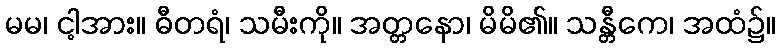
မမ၊ ငါ့အား။ ဓီတရံ၊ သမီးကို။ အတ္တနော၊ မိမိ၏။ သန္တီကေ၊ အထံ၌။